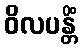
ဝိလပန္တိံ